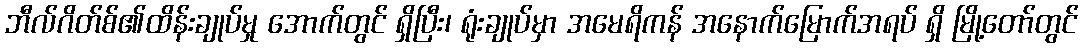
ဘီလ်ဂိတ်စ်၏ထိန်းချုပ်မှု အောက်တွင် ရှိပြီး၊ ရုံးချုပ်မှာ အမေရိကန် အနောက်မြောက်အရပ် ရှိ မြို့တော်တွင်